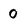
Character: 0